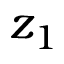
z _ { 1 }